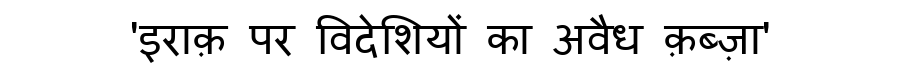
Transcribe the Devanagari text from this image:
'इराक़ पर विदेशियों का अवैध क़ब्ज़ा'